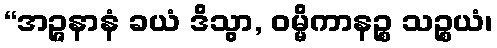
“အဉ္ဇနာနံ ခယံ ဒိသွာ, ဝမ္မိကာနဉ္စ သဉ္စယံ၊